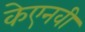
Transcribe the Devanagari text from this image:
केएनवी